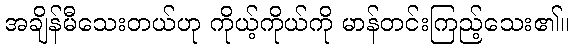
အချိန်မီသေးတယ်ဟု ကိုယ့်ကိုယ်ကို မာန်တင်းကြည့်သေး၏။